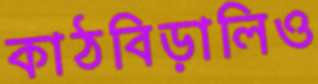
কাঠবিড়ালিও